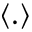
\langle . \rangle